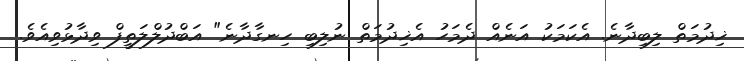
ޚިދުމަތް ލިބިދާނެ. އެކަމަކު އަނެއް ދެމަހު އެޚިދުމަތް ނުލިބި ހިނގާދާނެ" އަބްދުލްލަތީފް ވިދާޅުވިއެވެ.